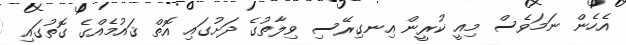
އެހެން ނަމަވެސް މިއީ ކުރީން އިނގިރޭސި ވިލާތުގެ ދަށުގައި އޮތް ޤައުމެއްގެ ގޮތުގައި